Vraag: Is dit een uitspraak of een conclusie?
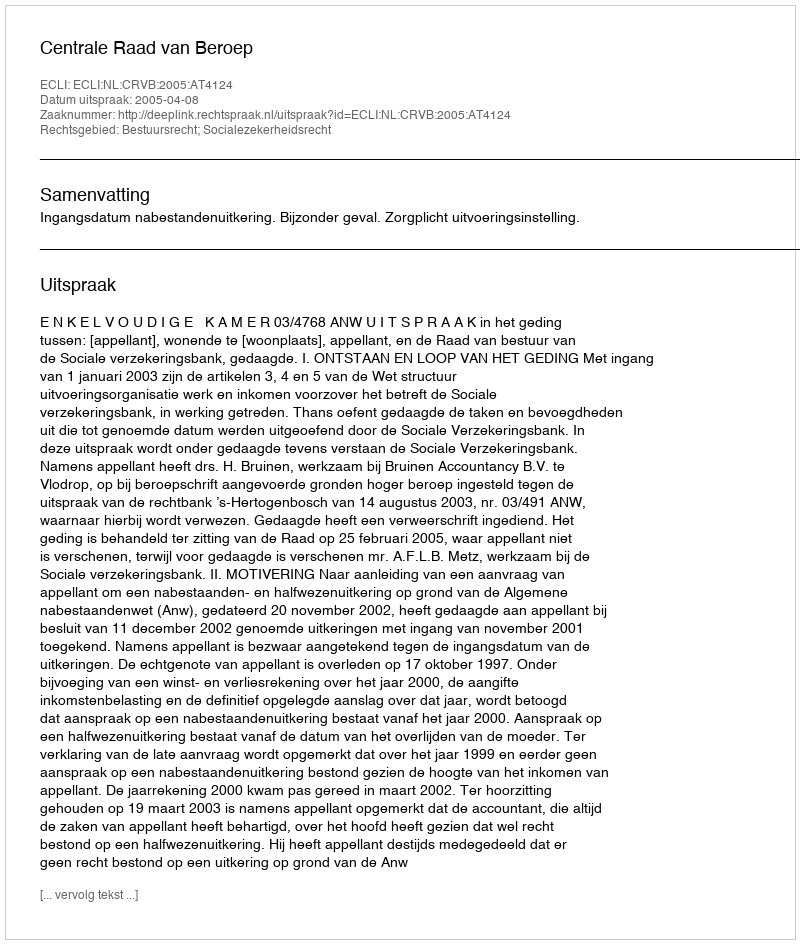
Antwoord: Uitspraak